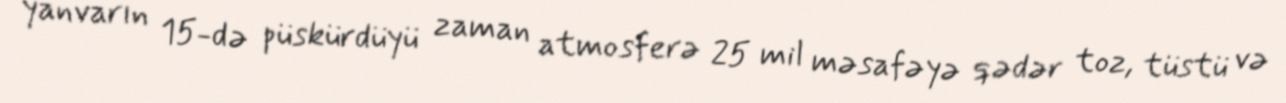
yanvarın 15-də püskürdüyü zaman atmosferə 25 mil məsafəyə qədər toz, tüstü və